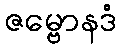
ဇမ္ဗောနဒံ